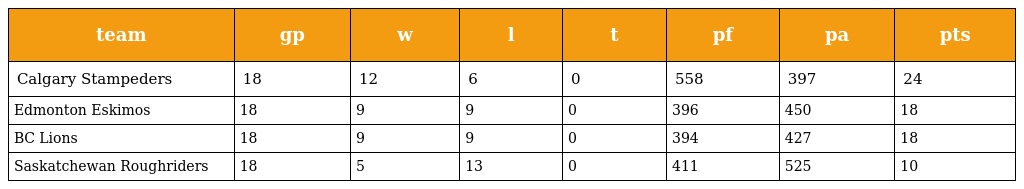
| team | gp | w | l | t | pf | pa | pts |
 | --- | --- | --- | --- | --- | --- | --- | --- |
 | Calgary Stampeders | 18 | 12 | 6 | 0 | 558 | 397 | 24 |
 | Edmonton Eskimos | 18 | 9 | 9 | 0 | 396 | 450 | 18 |
 | BC Lions | 18 | 9 | 9 | 0 | 394 | 427 | 18 |
 | Saskatchewan Roughriders | 18 | 5 | 13 | 0 | 411 | 525 | 10 |